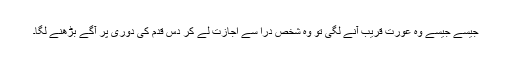
جیسے جیسے وہ عورت قریب آنے لگی تو وہ شخص دراؔ سے اجازت لے کر دس قدم کی دوری پر آگے بڑھنے لگا۔